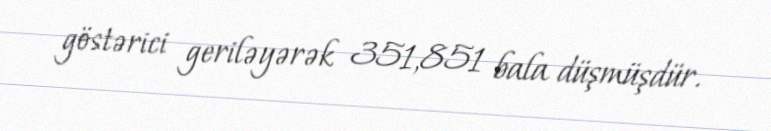
göstərici geriləyərək 351,851 bala düşmüşdür.